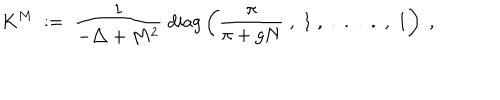
LaTeX: K ^ { M } \; : = \; \frac { 1 } { - \triangle + M ^ { 2 } } \; \mathrm { d i a g } \left( \frac { \pi } { \pi + g N } \; , \; 1 \; , \; . \; . \; . \; . \; , \; 1 \right) \; ,